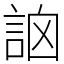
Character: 䛜